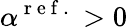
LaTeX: \alpha^{\mathrm{~r~e~f~.~}}>0